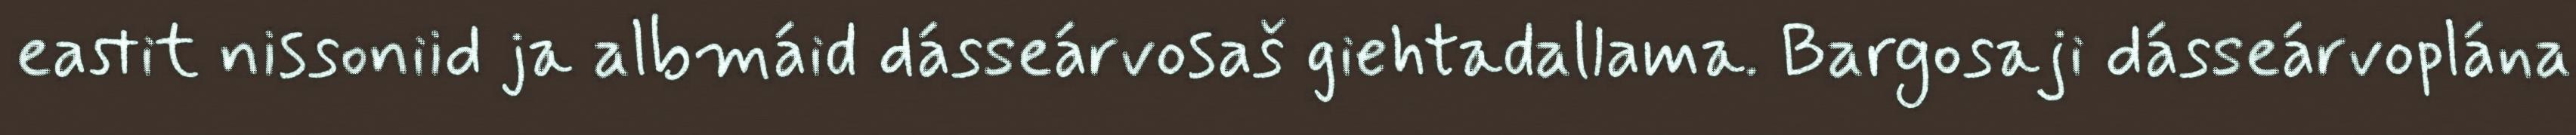
eastit nissoniid ja albmáid dásseárvosaš giehtadallama. Bargosaji dásseárvoplána